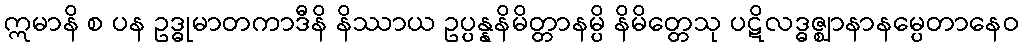
ဣမာနိ စ ပန ဥဒ္ဓုမာတကာဒီနိ နိဿာယ ဥပ္ပန္နနိမိတ္တာနမ္ပိ နိမိတ္တေသု ပဋိလဒ္ဓဇ္ဈာနာနမ္ပေတာနေဝ